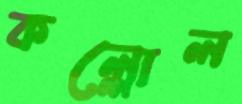
কল্লোল